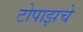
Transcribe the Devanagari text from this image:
टोपाझचे